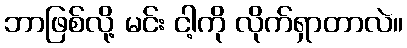
ဘာဖြစ်လို့ မင်း ငါ့ကို လိုက်ရှာတာလဲ။